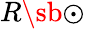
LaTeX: R\sb{\odot}